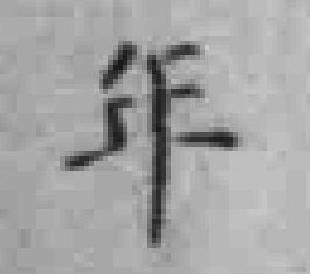
年